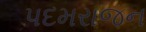
પદમરાજન